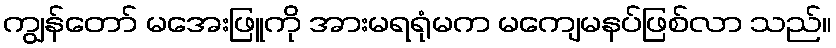
ကျွန်တော် မအေးဖြူကို အားမရရုံမက မကျေမနပ်ဖြစ်လာ သည်။